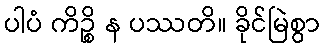
ပါပံ ကိဉ္စိ န ပဿတိ။ ခိုင်မြဲစွာ